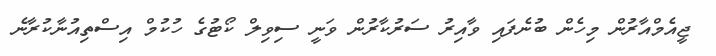
ޖީއެމްއާރުން މިހެން ބުނެފައި ވާއިރު ސަރުކާރުން ވަނީ ސިވިލް ކޯޓުގެ ހުކުމް އިސްތިއުނާކުރާނެ